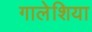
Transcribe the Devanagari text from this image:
गालेशिया